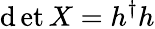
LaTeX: \operatorname*{\mathrm{d}et}X=h^{\dagger}h